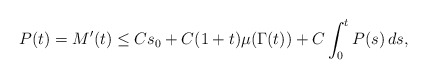
\begin{align*}P(t)= M'(t)\le C s_0 + C(1 + t) \mu(\Gamma(t))+ C \int_0^t P(s) \, ds,\end{align*}